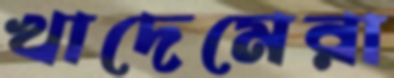
খাদেমেরা